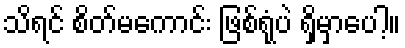
သိရင် စိတ်မကောင်း ဖြစ်ရုံပဲ ရှိမှာပေါ့။